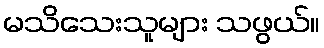
မသိသေးသူများ သဖွယ်။